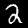
Digit: 2